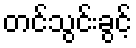
တင်သွင်းခွင့်